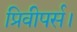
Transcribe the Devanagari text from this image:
प्रिवीपर्स।